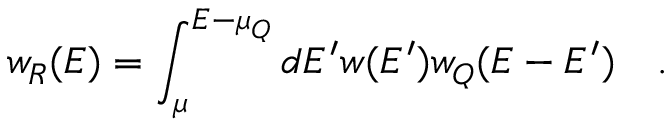
w _ { R } ( E ) = \int _ { \mu } ^ { E - \mu _ { Q } } d E ^ { \prime } w ( E ^ { \prime } ) w _ { Q } ( E - E ^ { \prime } ) ~ ~ ~ .